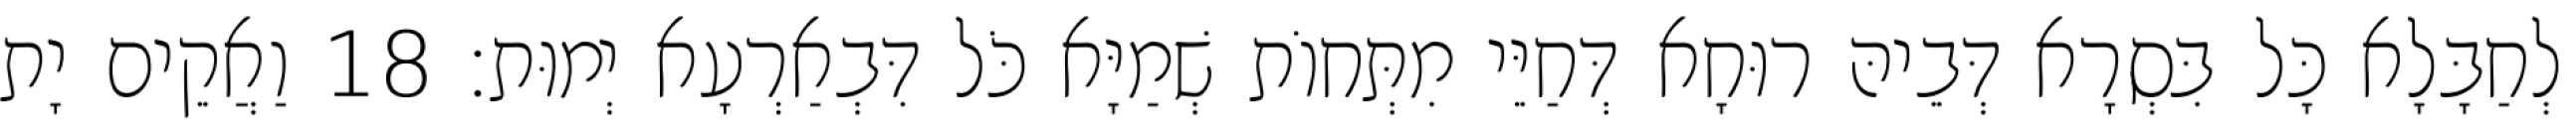
לְחַבָּלָא כָּל בִּסְרָא דְּבֵיהּ רוּחָא דְּחַיֵּי מִתְּחוֹת שְׁמַיָּא כֹּל דִּבְאַרְעָא יְמוּת׃ 18 וַאֲקֵים יָת